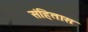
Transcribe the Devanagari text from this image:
संहितास